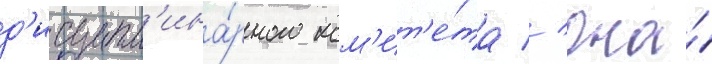
д'исципл'ина́рного ком'ит'е́та // Она́